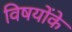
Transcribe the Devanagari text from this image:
विषयोंके